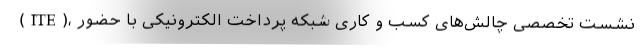
(ITE)، نشست تخصصی چالش‌های کسب و کاری شبکه پرداخت الکترونیکی با حضور